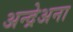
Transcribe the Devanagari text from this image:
अन्द्रेअना